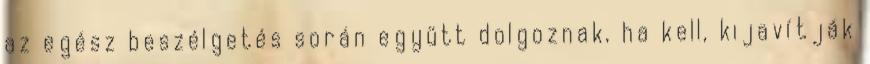
az egész beszélgetés során együtt dolgoznak, ha kell, kijavítják